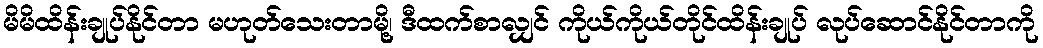
မိမိထိန်းချုပ်နိုင်တာ မဟုတ်သေးတာမို့၊ ဒီထက်စာလျှင် ကိုယ်ကိုယ်တိုင်ထိန်းချုပ် လုပ်ဆောင်နိုင်တာကို